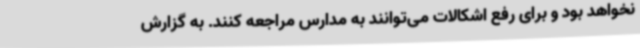
نخواهد بود و برای رفع اشکالات می‌توانند به مدارس مراجعه کنند. به گزارش